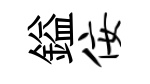
鎰佞